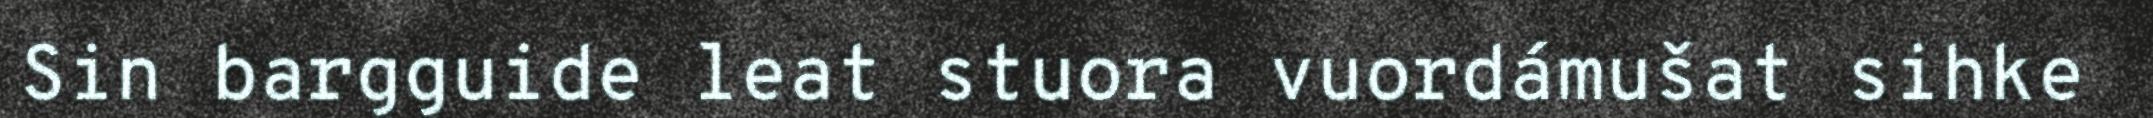
Sin bargguide leat stuora vuordámušat sihke